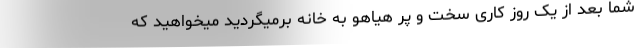
شما بعد از یک روز کاری سخت و پر هیاهو به خانه برمیگردید میخواهید که